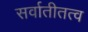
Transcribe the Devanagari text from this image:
सर्वातीतत्व